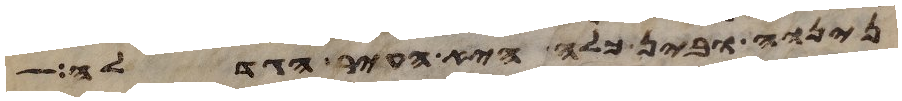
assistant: נינוה ובין כלח היא העיר הגדלה